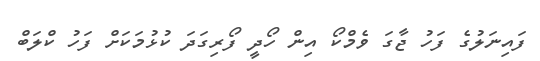
ފައިނަލުގެ ފަހު ޖާގަ ވެމްކޯ އިން ހޯދީ ފޯރިގަދަ ކުޅުމަކަށް ފަހު ކްލަބް